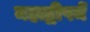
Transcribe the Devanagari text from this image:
महाद्वीपमें